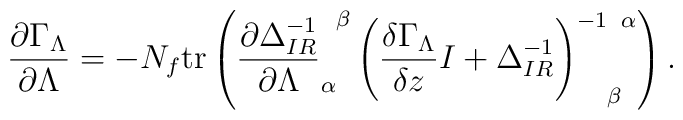
\frac{\partial\Gamma_{\Lambda}}{\partial\Lambda}=-N_{f}\mathrm{tr}\left(\frac{\partial \Delta^{-1}_{IR}}{\partial \Lambda}^{\phantom{\alpha}\beta}_{\alpha} \left(\frac{\delta\Gamma_{\Lambda}}{\delta z}I  + \Delta^{-1}_{IR}\right)^{-1\phantom{\beta}\alpha}_{\phantom{-1}\beta}\right).